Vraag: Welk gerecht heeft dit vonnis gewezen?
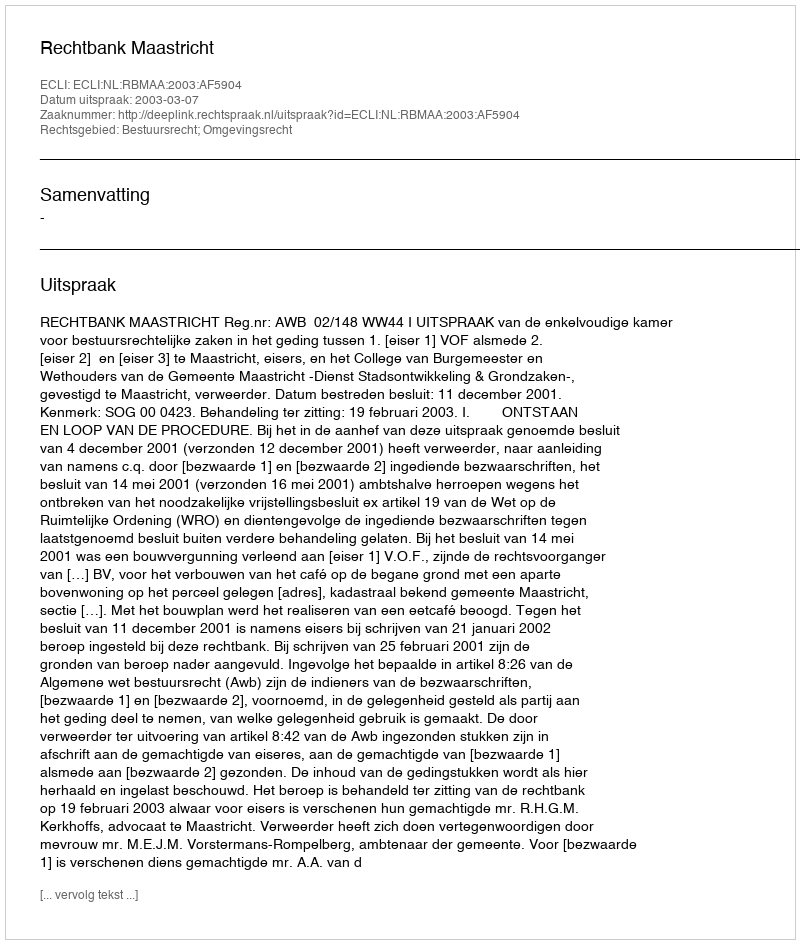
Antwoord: Rechtbank Maastricht